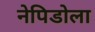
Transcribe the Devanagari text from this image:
नेपिडोला